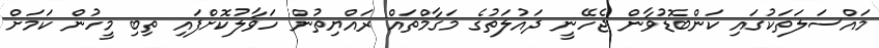
މައްސަލަތަކުގައި ކަންބޮޑުވާން ޖެހޭނީ ދައުލަތުގެ މަގާމްތައް ރައްޔިތުން ހަވާލުކޮށްފައި ތިބި މީހުން ކަމަށް